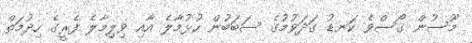
މޫސުން ގޯސްވެ ކަނޑު ގަދަވުމުގެ ސަބަބުން ހުޅުމާލެ އާއި ވިލިމާލެ ފެރީގެ ހިދުމަތް